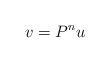
LaTeX: \begin{align*}v = P^{n}u\end{align*}